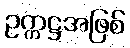
ဥက္ကဋ္ဌအဖြစ်